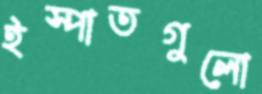
ইস্পাতগুলো